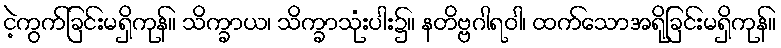
ငဲ့ကွက်ခြင်းမရှိကုန်။ သိက္ခာယ၊ သိက္ခာသုံးပါး၌။ နတိဗ္ဗဂါရဝါ၊ ထက်သောအရိုခြင်းမရှိကုန်။